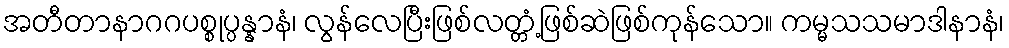
အတီတာနာဂဂပစ္စုပ္ပန္နာနံ၊ လွန်လေပြီးဖြစ်လတ္တံ့ဖြစ်ဆဲဖြစ်ကုန်သော။ ကမ္မသသမာဒါနာနံ၊